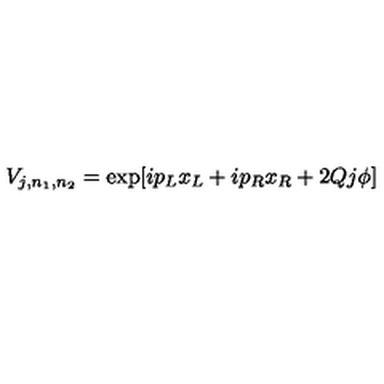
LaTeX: V _ { j , n _ { 1 } , n _ { 2 } } = \exp [ i p _ { L } x _ { L } + i p _ { R } x _ { R } + 2 Q j \phi ]